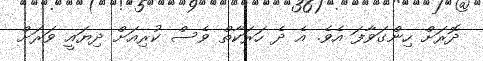
ދޮރަށް ހިންގަވާފަ އެވެ. އެ ދެ ހަރަކާތް ވެސް ކުރިއަށް ދިޔައީ ވަރަށް